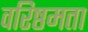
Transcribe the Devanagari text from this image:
वरिष्ठमता